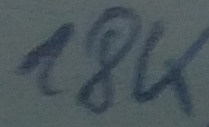
Text: 18K